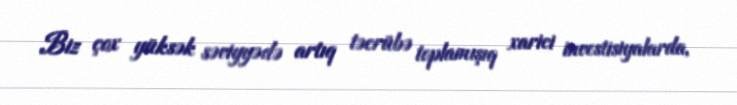
Biz çox yüksək səviyyədə artıq təcrübə toplamışıq xarici investisiyalarda,